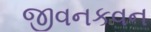
જીવનકવન